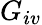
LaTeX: G_{iv}